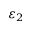
\varepsilon _ { 2 }